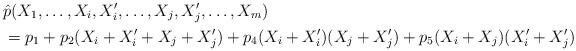
LaTeX: \begin{align*}& \hat{p}(X_1,\ldots, X_i, X_i', \ldots, X_j, X_j', \ldots,X_m) \\& = p_1 + p_2(X_i+X'_i+X_j+X'_j) + p_{4}(X_i+X'_i)(X_j+X'_j) + p_{5}(X_i+X_j)(X'_i+X'_j) \end{align*}